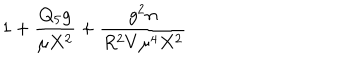
1 + { \frac { Q _ { 5 } g } { \mu X ^ { 2 } } } + { \frac { g ^ { 2 } n } { R ^ { 2 } V \mu ^ { 4 } X ^ { 2 } } }